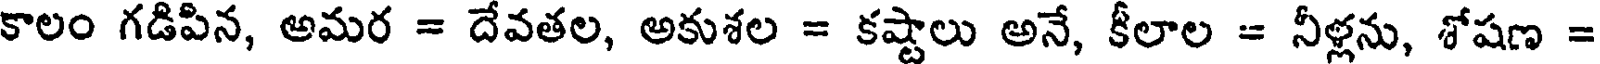
కాలం గడిపిన, అమర = దేవతల, అకుశల = కష్టాలు అనే, కీలాల = నీళ్లను, శోషణ =